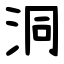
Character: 洞